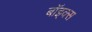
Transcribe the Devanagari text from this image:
बाॅइक्स